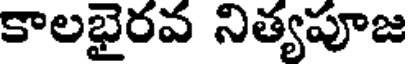
కాలభైరవ నిత్యపూజ